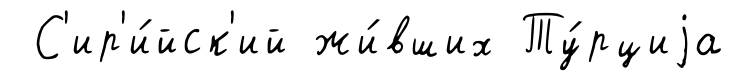
С'ир'и́йск'ий жи́вших Ту́рциjа